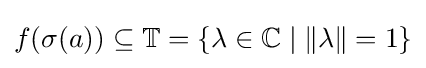
f(\sigma (a))\subseteq \mathbb {T} =\{\lambda \in \mathbb {C} \mid \left\|\lambda \right\|=1\}